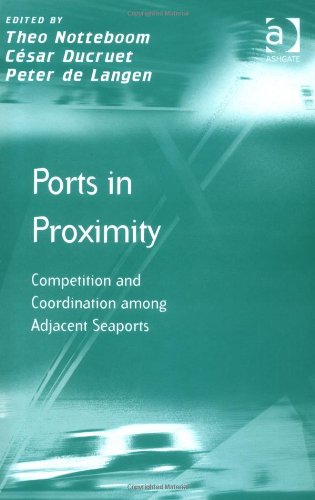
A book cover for Ports in Proximity (Transport and Mobility); Theo Notteboom; Business & Money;